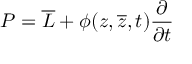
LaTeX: P = { \overline { { L } } } + \phi ( z , { \overline { { z } } } , t ) { \frac { \partial } { \partial t } }